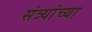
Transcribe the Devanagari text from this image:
संत्र्यांच्या